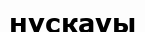
нүскауы